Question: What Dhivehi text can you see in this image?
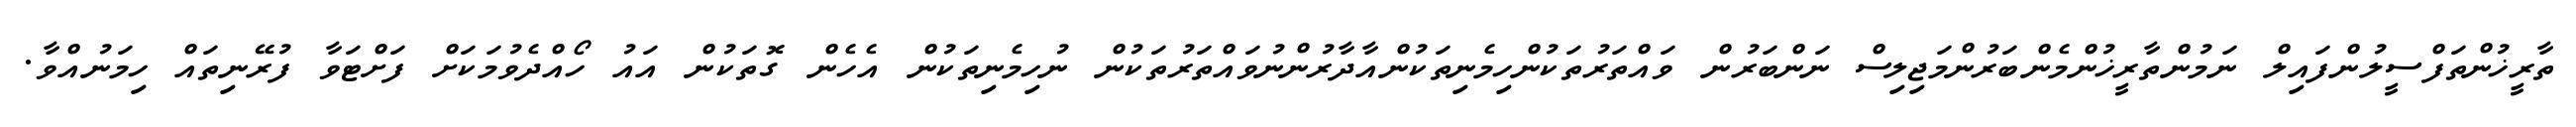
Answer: ތާރީޚުންތަފްސީލުންފައިލް ނަމުންތާރީޚުންމެންބަރުންމަޖިލިސް ނަންބަރުން ވައްތަރުތަކުންހިމެނިތަކުންއާދާރުންނުވައްތަރުތަކުން ނުހިމެނިތަކުން އެހެން ގޮތަކުން އައު ހޯއްދެވުމަކަށް ފަށްޓަވާ ފުރޭނިތައް ހިމަނުއްވާ.